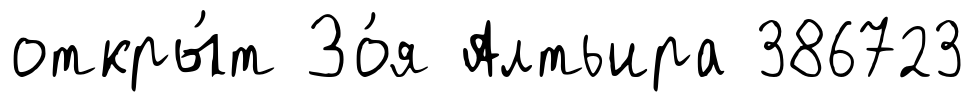
откры́т Зо́я Алтьира 386723